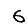
Digit: 6